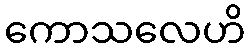
ကောသလေဟိ